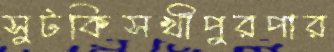
সুটকিসখীপুরপার